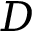
D